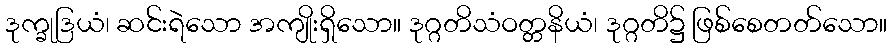
ဒုက္ခုဒြယံ၊ ဆင်းရဲသော အကျိုးရှိသော။ ဒုဂ္ဂတိသံဝတ္တနိယံ၊ ဒုဂ္ဂတိ၌ ဖြစ်စေတတ်သော။